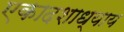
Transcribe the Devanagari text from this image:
एकादशाध्याय